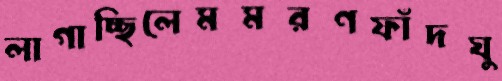
লাগাচ্ছিলেমমরণফাঁদঘু